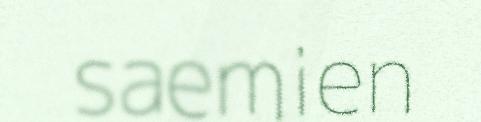
saemien